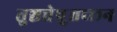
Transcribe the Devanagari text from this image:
तुञ्चत्तेष़ुत्तच्छन